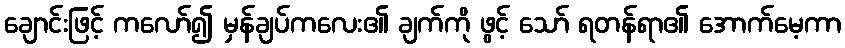
ချောင်းဖြင့် ကလော်၍ မှန်ချပ်ကလေး၏ ချက်ကို ဖွင့် သော် ရတန်ရာ၏ အောက်မေ့ကာ